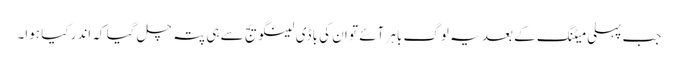
جب پہلی میٹنگ کے بعد یہ لوگ باہر آئے تو ان کی باڈی لینگویج سے ہی پتہ چل گیا کہ اندر کیا ہوا۔